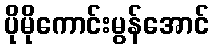
ပိုမိုကောင်းမွန်အောင်